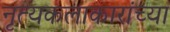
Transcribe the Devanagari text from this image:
नृत्यकलाकारांच्या